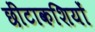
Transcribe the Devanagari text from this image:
छींटाकशियों